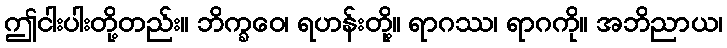
ဤငါးပါးတို့တည်း။ ဘိက္ခဝေ၊ ရဟန်းတို့။ ရာဂဿ၊ ရာဂကို။ အဘိညာယ၊